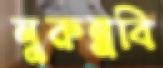
নুরুন্নবি